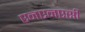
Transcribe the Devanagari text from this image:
एनएनएसी